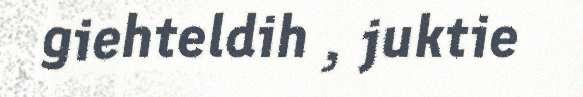
giehteldih , juktie